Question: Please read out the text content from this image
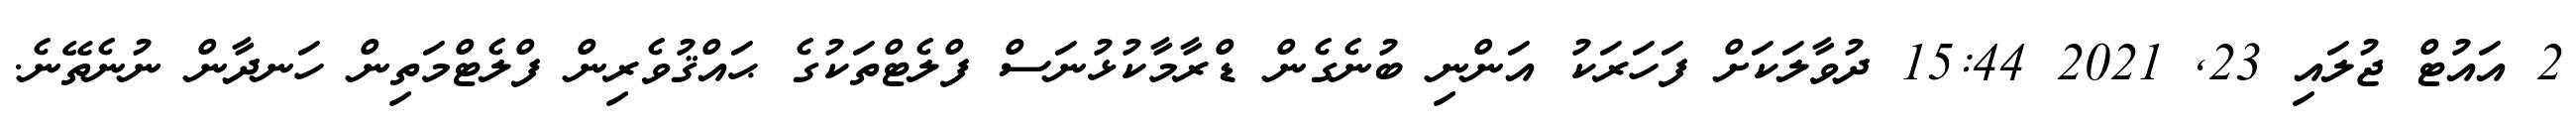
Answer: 2 އައުޓް ޖުލައި 23, 2021 15:44 ދުވާލަކަށް ފަހަރަކު އަންނި ބުނެގެން ޑްރާމާކުޅުނަސް ފްލެޓްތަކުގެ ޙައްޤުވެރިން ފްލެޓްމަތިން ހަނދާން ނުނެތޭނެ.